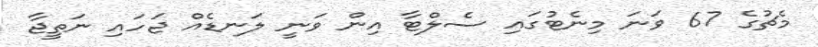
މެޗުގެ 67 ވަނަ މިނެޓުގައި ސެލްޓާ އިން ވަނީ ލަނޑެއް ޖަހައި ނަތީޖާ